Scottish Certificate of Education, 1963
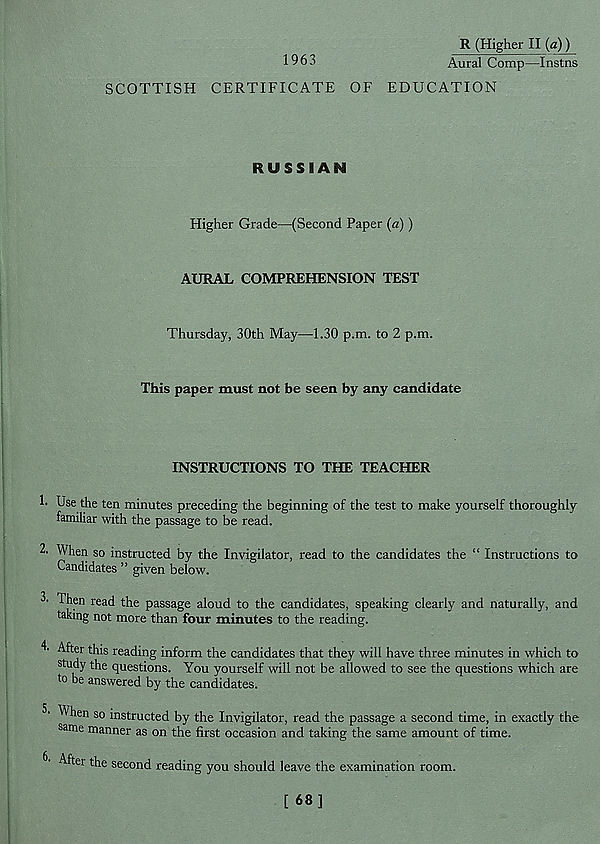
R (Higher II (a))
1963
Aural Comp—Instns
SCOTTISH CERTIFICATE OF EDUCATION
RUSSIAN
Higher Grade—(Second Paper (a))
AURAL COMPREHENSION TEST
Thursday, 30th May—1.30 p.m. to 2 p.m.
This paper must not be seen by any candidate
INSTRUCTIONS TO THE TEACHER
!■ Use the ten minutes preceding the beginning of the test to make yourself thoroughly
familiar with the passage to be read.
2- When so instructed by the Invigilator, read to the candidates the “ Instructions to
Candidates ” given below.
Then read the passage aloud to the candidates, speaking clearly and naturally, and
taking not more than four minutes to the reading.
After this reading inform the candidates that they will have three minutes in which to
study the questions. You yourself will not be allowed to see the questions which are
to be answered by the candidates.
so instructed by the Invigilator, read the passage a second time, in exactly the
same manner as on the first occasion and taking the same amount of time.
C After the second reading you should leave the examination room.
[ 68]